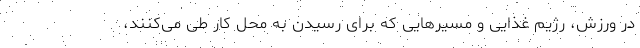
در ورزش، رژیم غذایی و مسیرهایی که برای رسیدن به محل کار طی می‌کنند،